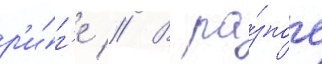
р'и́г'е // В ра́зное